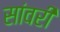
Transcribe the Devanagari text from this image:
सांवरी